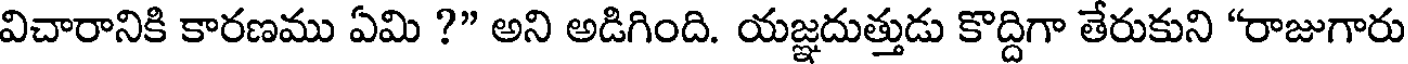
విచారానికి కారణము ఏమి ?" అని అడిగింది. యజ్ఞదుత్తుడు కొద్దిగా తేరుకుని "రాజుగారు